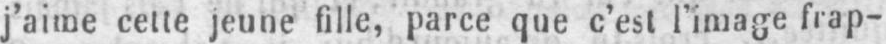
j’aime cette jeune fille, parce que c’est l’image frap-